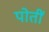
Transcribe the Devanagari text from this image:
पोतीं